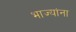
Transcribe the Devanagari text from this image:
भाज्यांना